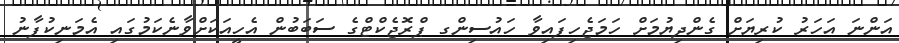
އަންނަ އަހަރު ކުރިޔަށް ގެންދިޔުމަށް ހަމަޖެހިފައިވާ ހައުސިންގ ޕްރޮޖެކްޓްގެ ސަބަބުން އެހީއަކަށްވާނެކަމުގައި އެމަނިކުފާނު